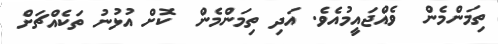
ތިމަންމެން  ވެއްޖައީމުއެވެ. އަދި ތިމަންމެން  ކޮށް އުޅުނު ތަކެއްޗަށް